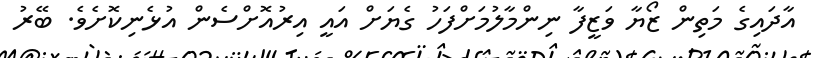
އާދައިގެ މަތިން ޒޯޔާ ވަޒީފާ ނިންމާލުމަށްފަހު ގެޔަށް އައީ އިރުއޮށްސެން އުޅެނިކޮށެވެ. ބޭރު